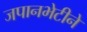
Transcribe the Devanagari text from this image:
जपानभेटीने